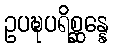
ဥပဍ္ဎပရိစ္ဆန္နေ